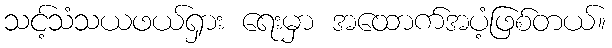
သင့်သံသယဖယ်ရှား ရေးမှာ အထောက်အပံ့ဖြစ်တယ်။